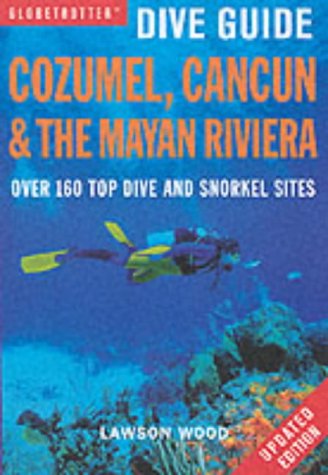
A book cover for Cozumel, Cancun and the Mayan Peninsula (Globetrotter Dive Guide); Lawson Wood; Travel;